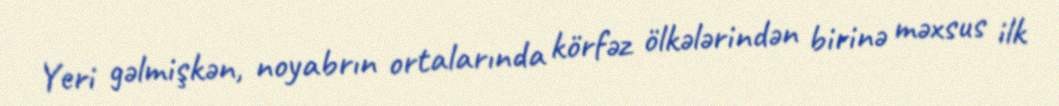
Yeri gəlmişkən, noyabrın ortalarında körfəz ölkələrindən birinə məxsus ilk